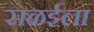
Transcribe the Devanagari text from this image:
सळईला